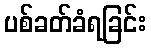
ပစ်ခတ်ခံရခြင်း